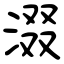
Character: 涰